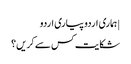
| ہماری اردو پیاری اردو
شکایت کس سے کریں؟